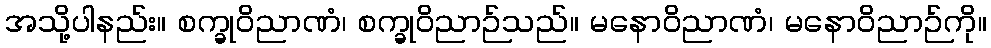
အသို့ပါနည်း။ စက္ခုဝိညာဏံ၊ စက္ခုဝိညာဉ်သည်။ မနောဝိညာဏံ၊ မနောဝိညာဉ်ကို။